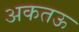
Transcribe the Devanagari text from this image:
अकतऊ